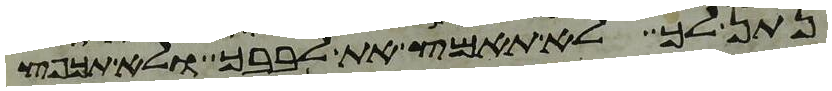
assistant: נתן לך לא תאמץ את לבבך ולא תכפץ